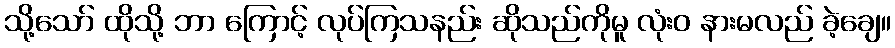
သို့သော် ထိုသို့ ဘာ ကြောင့် လုပ်ကြသနည်း ဆိုသည်ကိုမူ လုံးဝ နားမလည် ခဲ့ချေ။